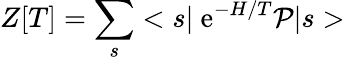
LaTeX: Z[T]=\sum_{s}<s\vert\mathrm{~e}^{-H/T}{\cal P}\vert s>